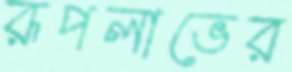
রূপলাভের